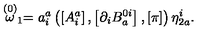
\stackrel { \left( 0 \right) } { \omega } _ { 1 } = a _ { i } ^ { a } \left( \left[ A _ { i } ^ { a } \right] , \left[ \partial _ { i } B _ { a } ^ { 0 i } \right] , \left[ \pi \right] \right) \eta _ { 2 a } ^ { i } .